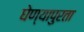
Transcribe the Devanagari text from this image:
घेण्यापुरता